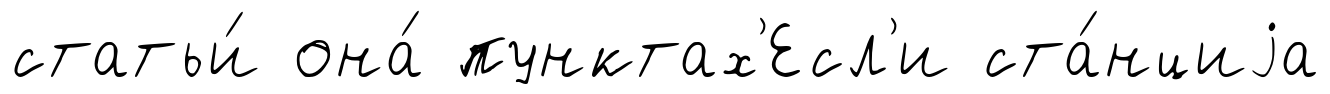
статьи́ она́ пунктах'Есл'и ста́нциjа